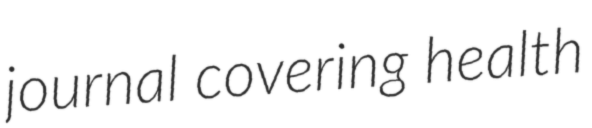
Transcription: journal covering health